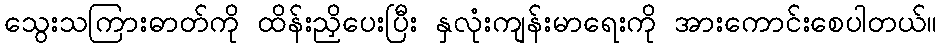
သွေးသကြားဓာတ်ကို ထိန်းညှိပေးပြီး နှလုံးကျန်းမာရေးကို အားကောင်းစေပါတယ်။